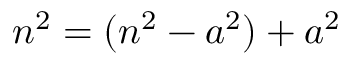
n ^ { 2 } = ( n ^ { 2 } - a ^ { 2 } ) + a ^ { 2 }